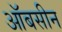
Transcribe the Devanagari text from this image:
ऑबसीन